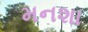
મનશા